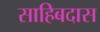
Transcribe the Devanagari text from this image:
साहिबदास